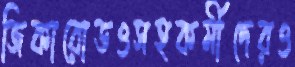
জিকারোডওসহকর্মীদেরও